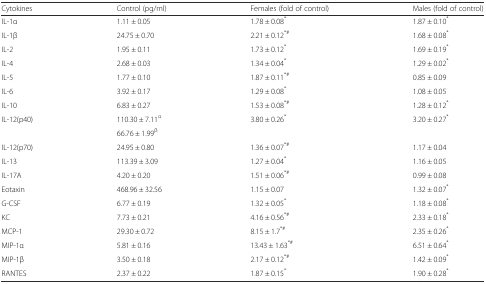
<table><thead><tr><td><b>Cytokines</b></td><td><b>Control (pg/ml)</b></td><td><b>Females (fold of control)</b></td><td><b>Males (fold of control)</b></td></tr></thead><tbody><tr><td>IL-1α</td><td>1.11 ± 0.05</td><td>1.78 ± 0.08<sup>*</sup></td><td>1.87 ± 0.10<sup>*</sup></td></tr><tr><td>IL-1β</td><td>24.75 ± 0.70</td><td>2.21 ± 0.12<sup>*#</sup></td><td>1.68 ± 0.08<sup>*</sup></td></tr><tr><td>IL-2</td><td>1.95 ± 0.11</td><td>1.73 ± 0.12<sup>*</sup></td><td>1.69 ± 0.19<sup>*</sup></td></tr><tr><td>IL-4</td><td>2.68 ± 0.03</td><td>1.34 ± 0.04<sup>*</sup></td><td>1.29 ± 0.02<sup>*</sup></td></tr><tr><td>IL-5</td><td>1.77 ± 0.10</td><td>1.87 ± 0.11<sup>*#</sup></td><td>0.85 ± 0.09</td></tr><tr><td>IL-6</td><td>3.92 ± 0.17</td><td>1.29 ± 0.08<sup>*</sup></td><td>1.08 ± 0.05</td></tr><tr><td>IL-10</td><td>6.83 ± 0.27</td><td>1.53 ± 0.08<sup>*#</sup></td><td>1.28 ± 0.12<sup>*</sup></td></tr><tr><td rowspan="2">IL-12(p40)</td><td>110.30 ± 7.11<sup>α</sup></td><td rowspan="2">3.80 ± 0.26<sup>*</sup></td><td rowspan="2">3.20 ± 0.27<sup>*</sup></td></tr><tr><td>66.76 ± 1.99<sup>β</sup></td></tr><tr><td>IL-12(p70)</td><td>24.95 ± 0.80</td><td>1.36 ± 0.07<sup>*#</sup></td><td>1.17 ± 0.04</td></tr><tr><td>IL-13</td><td>113.39 ± 3.09</td><td>1.27 ± 0.04<sup>*</sup></td><td>1.16 ± 0.05</td></tr><tr><td>IL-17A</td><td>4.20 ± 0.20</td><td>1.51 ± 0.06<sup>*#</sup></td><td>0.99 ± 0.08</td></tr><tr><td>Eotaxin</td><td>468.96 ± 32.56</td><td>1.15 ± 0.07</td><td>1.32 ± 0.07<sup>*</sup></td></tr><tr><td>G-CSF</td><td>6.77 ± 0.19</td><td>1.32 ± 0.05<sup>*</sup></td><td>1.18 ± 0.08<sup>*</sup></td></tr><tr><td>KC</td><td>7.73 ± 0.21</td><td>4.16 ± 0.56<sup>*#</sup></td><td>2.33 ± 0.18<sup>*</sup></td></tr><tr><td>MCP-1</td><td>29.30 ± 0.72</td><td>8.15 ± 1.7<sup>*#</sup></td><td>2.35 ± 0.26<sup>*</sup></td></tr><tr><td>MIP-1α</td><td>5.81 ± 0.16</td><td>13.43 ± 1.63<sup>*#</sup></td><td>6.51 ± 0.64<sup>*</sup></td></tr><tr><td>MIP-1β</td><td>3.50 ± 0.18</td><td>2.17 ± 0.12<sup>*#</sup></td><td>1.42 ± 0.09<sup>*</sup></td></tr><tr><td>RANTES</td><td>2.37 ± 0.22</td><td>1.87 ± 0.15<sup>*</sup></td><td>1.90 ± 0.28<sup>*</sup></td></tr></tbody></table>